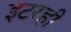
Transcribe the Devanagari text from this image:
इटरही